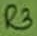
Text: R3